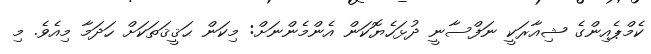
ކެމްޕެއިންގެ ޝިއާރަކީ ނަފްސާނީ ދުޅަހެޔޮކަން އެންމެންނަށް: މިކަން ޙަޤީޤަތަކަށް ހަދަމާ މިއެވެ. މި